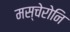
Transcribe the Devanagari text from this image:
मस्चेरोनि